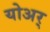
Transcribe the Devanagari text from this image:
योअर्